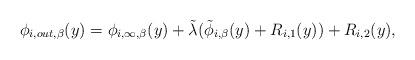
LaTeX: \begin{align*} \phi_{i,out, \beta} (y ) = \phi_{i,\infty,\beta} (y ) + \tilde{ \lambda} ( \tilde{ \phi}_{i, \beta} (y) + R_{i,1}( y) ) + R_{i,2}(y),\end{align*}